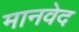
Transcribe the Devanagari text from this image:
मानवेद